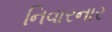
નિવારનાર